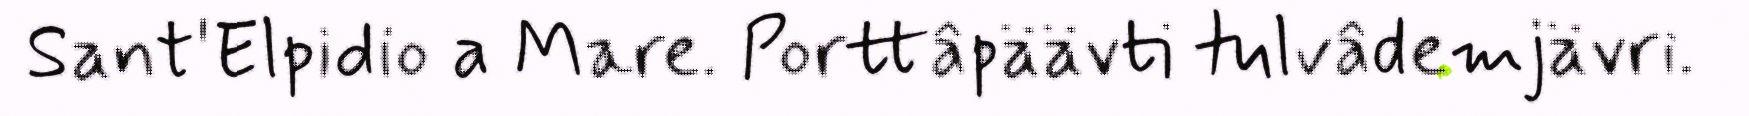
Sant'Elpidio a Mare. Porttâpäävti tulvâdemjävri.